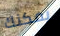
يمكنك